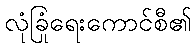
လုံခြုံရေးကောင်စီ၏